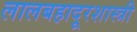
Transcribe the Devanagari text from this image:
लालबहादूरशास्त्री